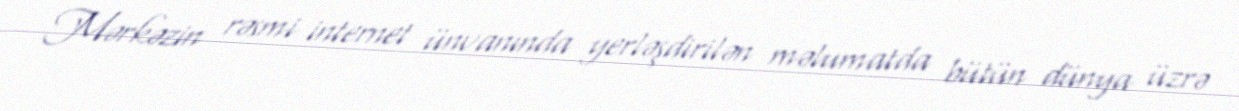
Mərkəzin rəsmi internet ünvanında yerləşdirilən məlumatda bütün dünya üzrə